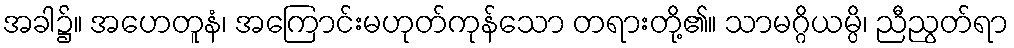
အခါ၌။ အဟေတူနံ၊ အကြောင်းမဟုတ်ကုန်သော တရားတို့၏။ သာမဂ္ဂိယမ္ပိ၊ ညီညွတ်ရာ